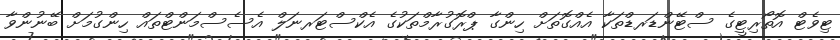
ޓިވެޓް އޮތޯރިޓީގެ ސްޓޭންޑަރޑްތަކާ އެއްގޮތަށް ހިންގާ ޕްރޮގުރާމްތަކުގެ އެކްސްޓަރނަލް އެސެސްމަންޓްތައް ހިންގުމަށް ބޭނުންވާ